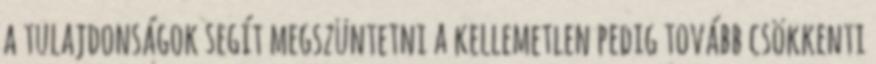
a tulajdonságok segít megszüntetni a kellemetlen pedig tovább csökkenti